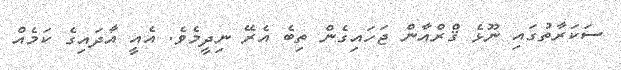
ސަކަރާތުގައި ނޫޅެ ޤްރްއާން ޖަހައިގެން ތިބެ އެރޭ ނިދީމެވެ. އެއީ އާދައިގެ ކަމެއް